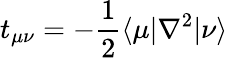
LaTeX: t_{\mu\nu}=-\frac{1}{2}\langle\mu|\nabla^{2}|\nu\rangle